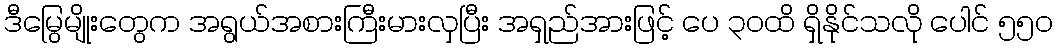
ဒီမြွေမျိုးတွေက အရွယ်အစားကြီးမားလှပြီး အရှည်အားဖြင့် ပေ ၃၀ထိ ရှိနိုင်သလို ပေါင် ၅၅၀